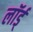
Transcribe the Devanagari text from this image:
लॉर्ड्